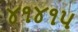
૪૧૪૧૫